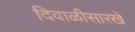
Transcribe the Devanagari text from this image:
दिवाळीसारखे